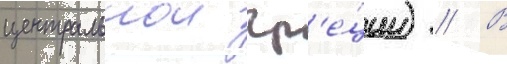
центральнои гр'е́ции) // В